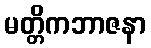
မတ္တိကဘာဇနာ